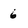
Character: 6